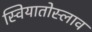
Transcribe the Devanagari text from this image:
स्वियातोस्लाव